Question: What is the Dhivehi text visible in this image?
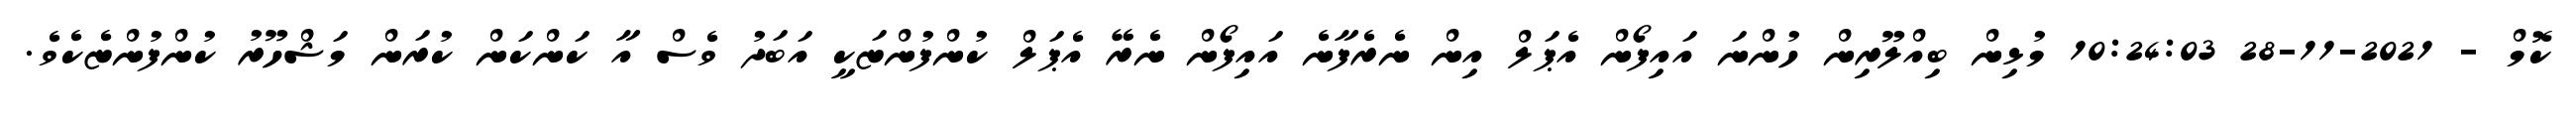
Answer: ކޮމް - 2021-11-28 10:24:03 މުޅިން ބިއްލޫރިން ހުންނަ އައިފޯން އެޕަލް އިން ނެރެފާނެ އައިފޯން ނެރޭ އެޕަލް ކުންފުންޏަކީ އަބަދު ވެސް އާ ކަންކަން ކުރަން މަޝްހޫރު ކުންފުންޏެކެވެ.